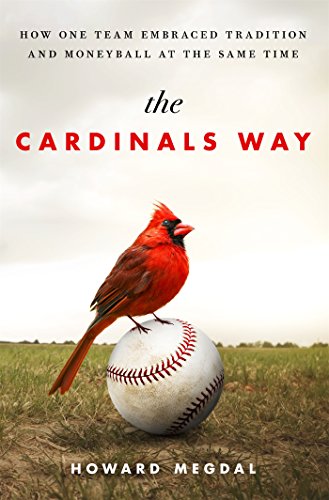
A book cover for The Cardinals Way: How One Team Embraced Tradition and Moneyball at the Same Time; Howard Megdal; Sports & Outdoors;